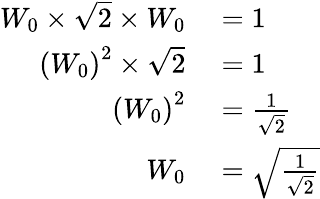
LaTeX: \begin{array}{rl}{W_{0}\times{\sqrt{2}}\times W_{0}}&{{}=1}\\ {\left(W_{0}\right)^{2}\times{\sqrt{2}}}&{{}=1}\\ {\left(W_{0}\right)^{2}}&{{}={\frac{1}{\sqrt{2}}}}\\ {W_{0}}&{{}={\sqrt{\frac{1}{\sqrt{2}}}}}\end{array}